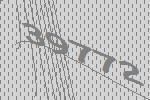
39772